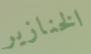
الخنازير